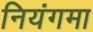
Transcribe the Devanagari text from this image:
नियंगमा